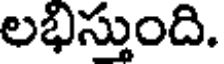
లభిస్తుంది.